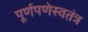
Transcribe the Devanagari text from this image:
पूर्णपणेस्वतंत्र